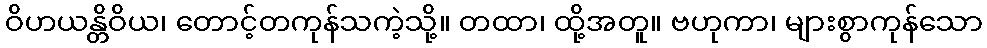
ဝိဟယန္တိဝိယ၊ တောင့်တကုန်သကဲ့သို့။ တထာ၊ ထို့အတူ။ ဗဟုကာ၊ များစွာကုန်သော